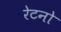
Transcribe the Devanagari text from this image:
रेटनो